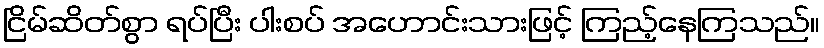
ငြိမ်ဆိတ်စွာ ရပ်ပြီး ပါးစပ် အဟောင်းသားဖြင့် ကြည့်နေကြသည်။